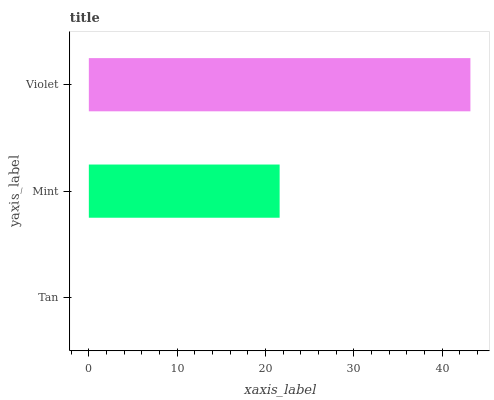
| yaxis_label | bars |
 | --- | --- |
 | Tan | 0 |
 | Mint | 21.6 |
 | Violet | 43.2 |